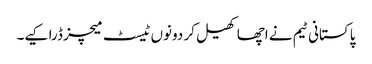
پاکستانی ٹیم نے اچھا کھیل کر دونوں ٹیسٹ میچز ڈرا کیے۔